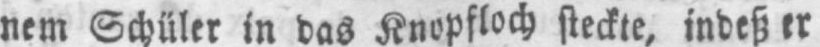
nem Schüler in das Knopfloch steckte, indeß er